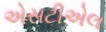
એસટીએલ